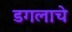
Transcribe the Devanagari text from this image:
डगलाचे